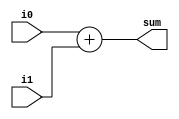
module add32(/*AUTOARG*/
   // Outputs
   sum,
   // Inputs
   i0, i1
   );
   input [31:0] i0, i1;
   output [31:0] sum;

   /*AUTOWIRE*/
   /*AUTOREG*/

   assign sum = i0 + i1;

endmodule